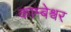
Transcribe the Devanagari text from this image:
काम्बेश्वर